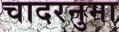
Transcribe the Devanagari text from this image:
चादरनुमा